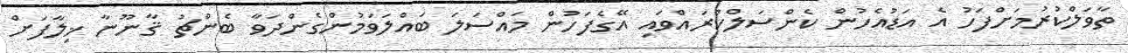
ތާވަލްކުރުމަށްފަހު އެ އަޑުއެހުން ކެންސަލްކުރައްވައި އޭގެފަހުން މައްސަލަ ބައްލަވަމުންގެންދަވާ ބެންޗު ޤާނޫނާ ޚިލާފަށް